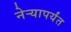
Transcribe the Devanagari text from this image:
नेऱ्यापर्यंत